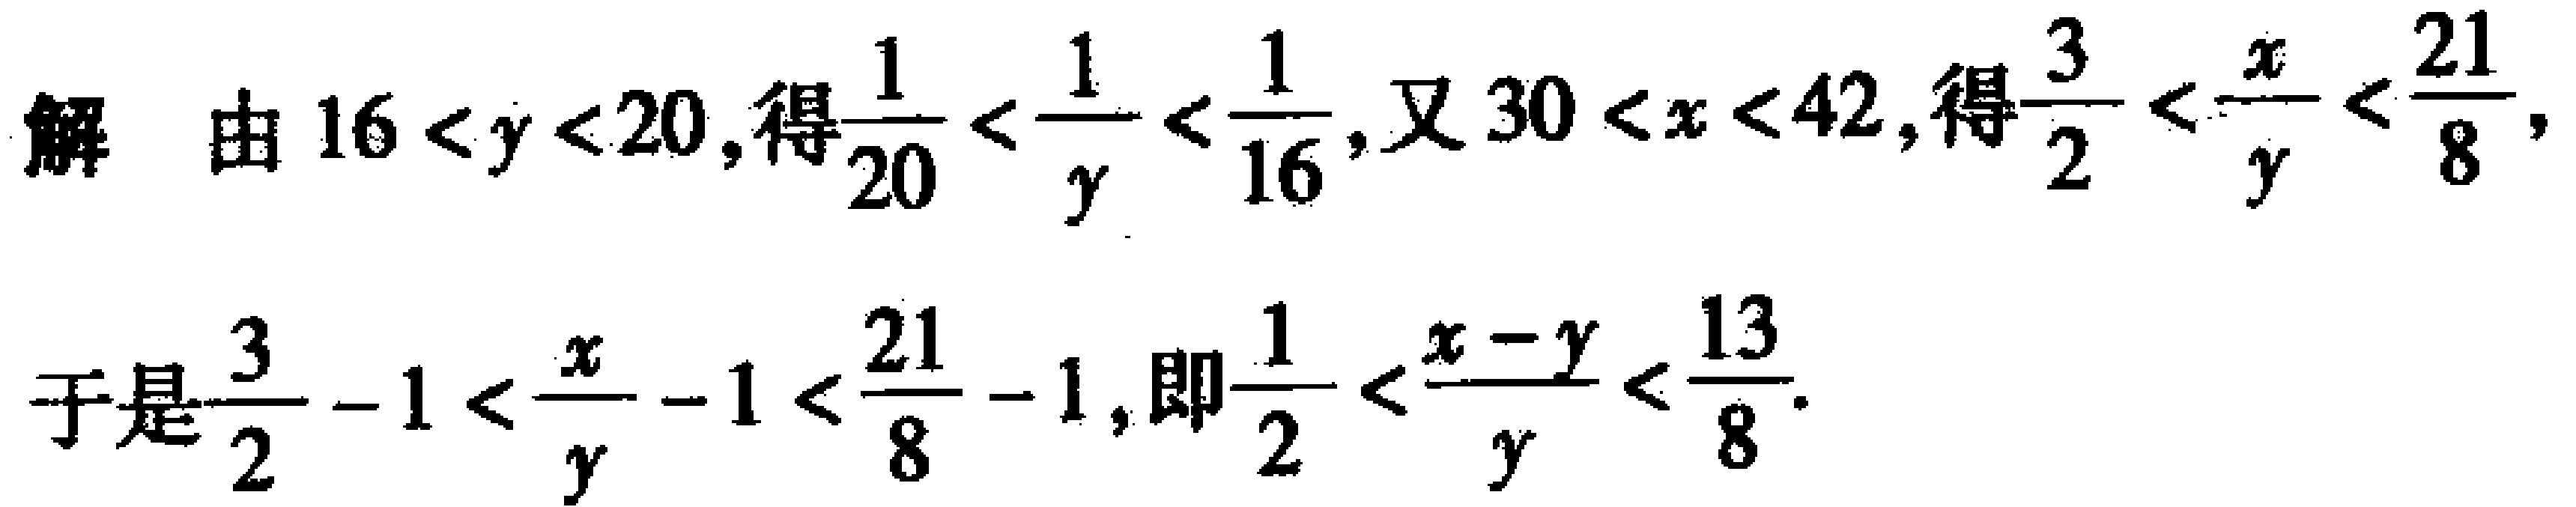
解 由\(16 < y < 20\)，得\(\frac{1}{20} < \frac{1}{y} < \frac{1}{16}\)，又\(30 < x < 42\)，得\(\frac{3}{2} < \frac{x}{y} < \frac{21}{8}\)，

于是\(\frac{3}{2} - 1 < \frac{x}{y} - 1 < \frac{21}{8} - 1\)，即\(\frac{1}{2} < \frac{x - y}{y} < \frac{13}{8}\).